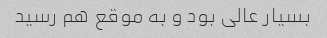
بسیار عالی بود و به موقع هم رسید